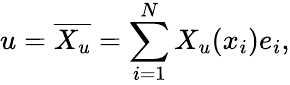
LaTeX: u=\overline{{X_{u}}}=\sum_{i=1}^{N}X_{u}(x_{i})e_{i},